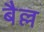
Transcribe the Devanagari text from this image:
बैल्ल